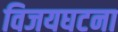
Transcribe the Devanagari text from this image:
विजयघटना